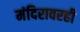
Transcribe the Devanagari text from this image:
मंदिरावरही